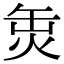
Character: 𤈣